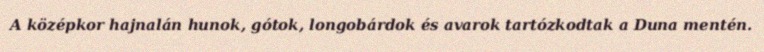
A középkor hajnalán hunok, gótok, longobárdok és avarok tartózkodtak a Duna mentén.